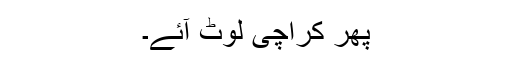
پھر کراچی لوٹ آئے۔